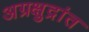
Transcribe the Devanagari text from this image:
अग्रक्षुद्रांत